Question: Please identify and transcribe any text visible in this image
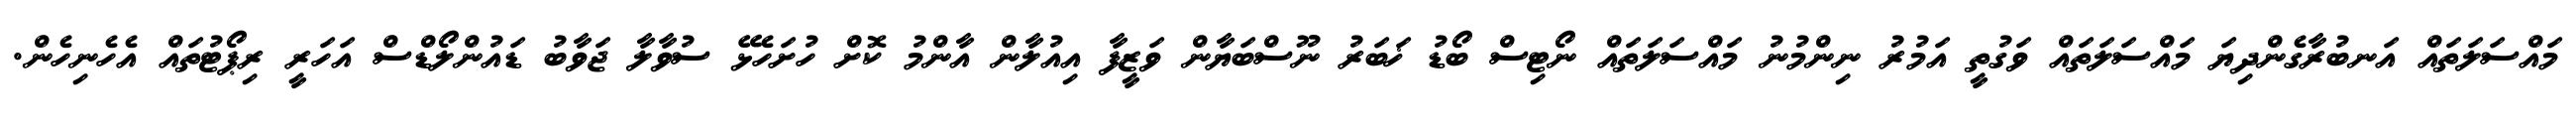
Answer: މައްސަލަތައް އަނބުރާގެންދިޔަ މައްސަލަތައް ވަގުތީ އަމުރު ނިންމުނު މައްސަލަތައް ނޯޓިސް ބޯޑު ޚަބަރު ނޫސްބަޔާން ވަޒީފާ އިއުލާން އާންމު ކޮށް ހުށަހެޅޭ ސުވާލާ ޖަވާބު ޑައުންލޯޑްސް އަހަރީ ރިޕޯޓުތައް އެހެނިހެން.